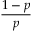
\frac { 1 - p } { p }